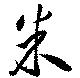
米